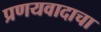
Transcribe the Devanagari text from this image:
प्रणयवादाचा